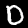
Digit: 0